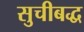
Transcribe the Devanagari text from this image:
सुचीबद्ध